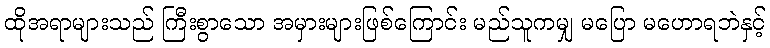
ထိုအရာများသည် ကြီးစွာသော အမှားများဖြစ်ကြောင်း မည်သူကမျှ မပြော မဟောရဘဲနှင့်